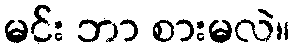
မင်း ဘာ စားမလဲ။